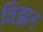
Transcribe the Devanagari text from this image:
विझ़न